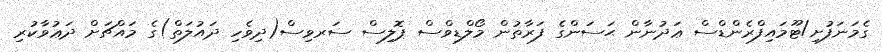
ގެމަނަފުށި/ޓޫމައިފްރެންޑްސް ޢަދުނާން ޙަސަންގެ ފަރާތުން މޯލްޑިވްސް ޕޮލިސް ސަރވިސް(ދިވެހި ދައުލަތް)ގެ މައްޗަށް ދަޢުވާކުރި